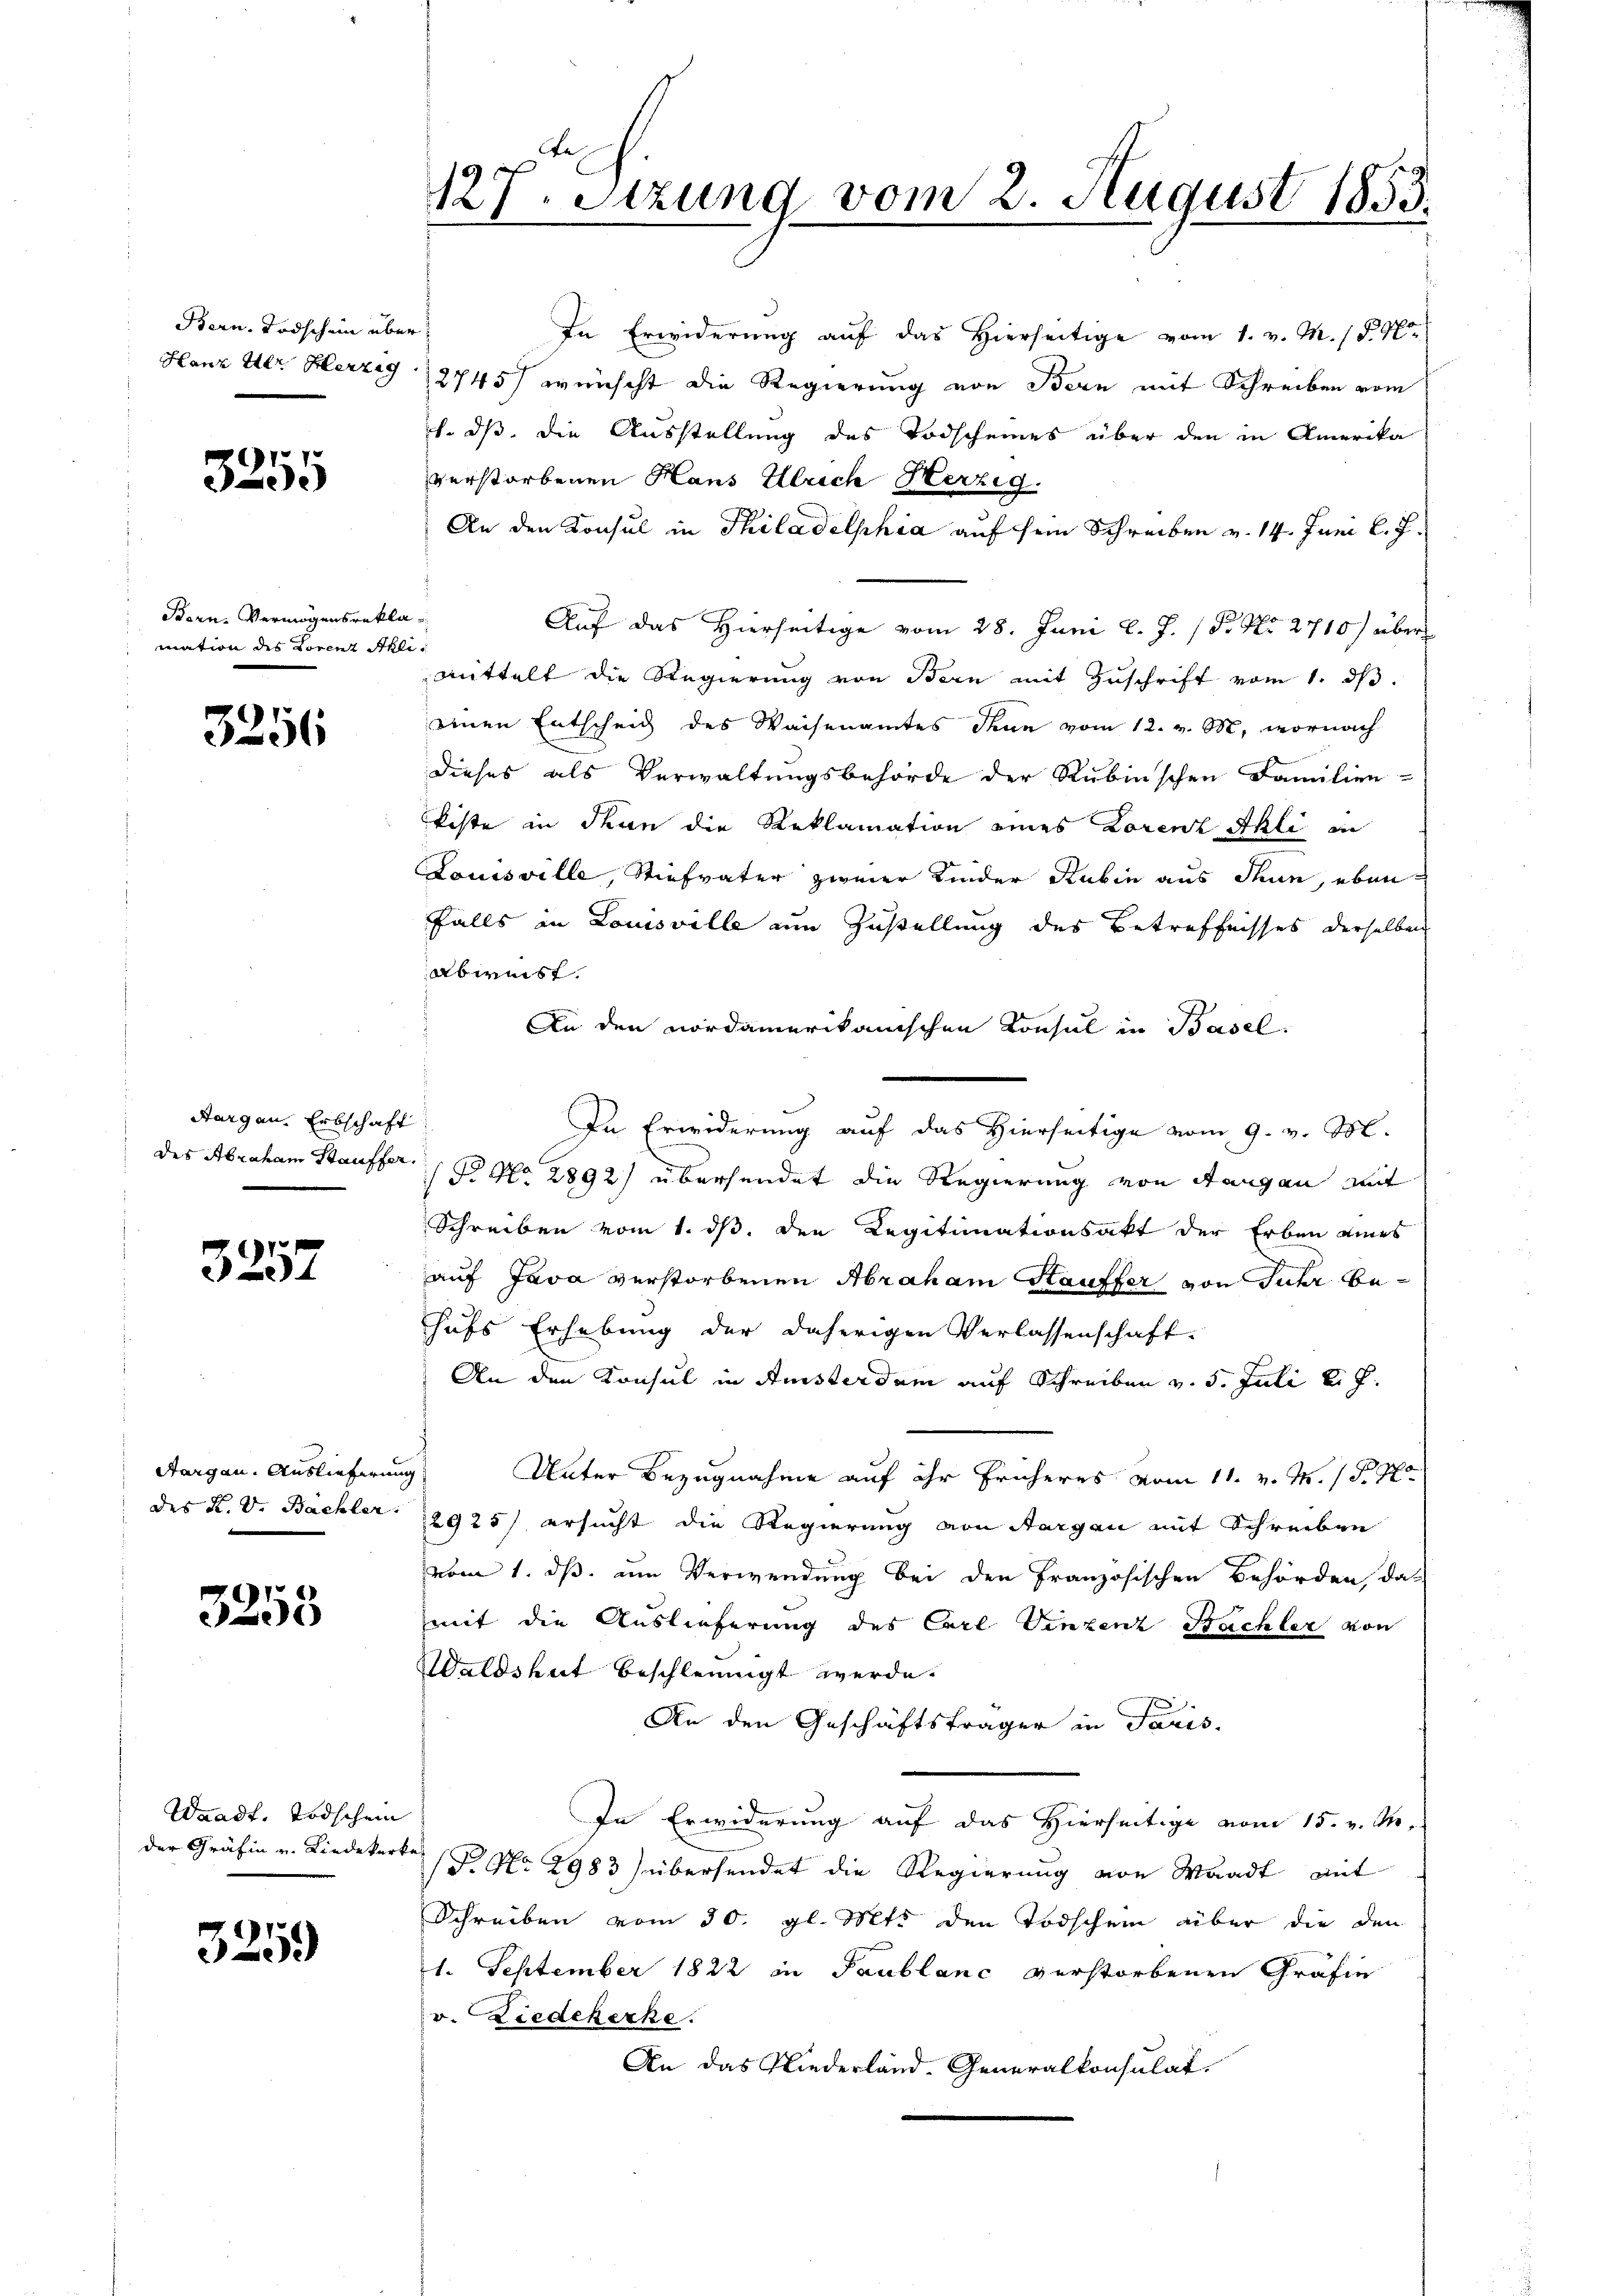
Bern, Todschein über

3255

Bern. Vermögensreklamation des Lorenz Akli¬

3256

Aargau, Erbschaft

3257

Aargau. Auslieferung

3253

Waadt, Todschein
der Gräfin u. Liedekerke

325.

In Erwiderung auf das Hierseitige vom 1. v. M. /. M.
Hanz Ulr. Herzes 2745) wünscht die Regierung von Bern mit Schreiben vom
1. dß die Ausstellung des Todscheines über den in Amerika
verstorbenen Haus Ulrich Herzig.
An den Konsul in Philadelphia auf sein Schreiben v. 14. Juni l. J.
Auf das Hierseitige vom 28. Juni l. J. /Pr. No. 2710) über
mittelt die Regierung von Bern mit Zuschrift vom 1. ds.
einen Entscheid des Waisenamtes Thun vom 12. v. M., wornach
dieses als Verwaltungsbehörde der Rubinschen Familien-
kiste in denn die Reklamation eines Lorenz Akli in
Louisville, Stiefvater zweier Kinder Rubin aus Thun, eben
falls in Louisville am Zustellung des Betreffnisses derselben
Abweist.
An den nordamerikanischen Konsul in Basel.
In Erwiderung auf das Hierseitige vom 9. v. M.
des Abraham Staufter No 2892) übersendet die Regierung von Stangen mit
Schreiben vom 1. ds. den Legitimationsakt der Erben eines
auf Java verstorbenen Abraham Hauffer von Juhr behufs Erhebung der daherigen Verlassenschaft.
An den Konsul in Ansterdam auf Schreiben v. 5. Juli l. J.
Unter Bezugnahme auf ihr früheres vom 11. v. M. 18. No
des K. V. Bachler 12925) ersucht die Regierung von Aargau mit Schreiben
vom 1. dß. um Verwendung bei den Französischen Behörden, das
mit die Auslieferung des Carl Vinzenz Sachler von
Waldshut beschleunigt werde.
An den Geschäftsträger in Paris.
In Erwiderung auf das Hierseitige vom 15. v. M.
T. No 2983) übersendet die Regierung von Waadt mit
Schreiben vom 30. gl. Mts. den Todschein über die den
1. September 1822 in Paublanc verstorbenen Gräfin
v. Liedekerke
An das Niederland. Generalkonsulat

127. Setzung vom 2. August 1855.